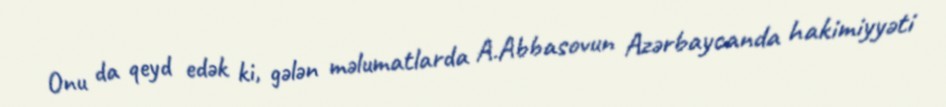
Onu da qeyd edək ki, gələn məlumatlarda A.Abbasovun Azərbaycanda hakimiyyəti